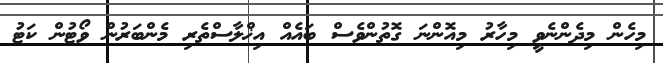
މިހެން މިދެންނެވީ މިހާރު މިއޮންނަ ގޮތުންވެސް ބައެއް އިޚްލާސްތެރި މެންބަރުން ވޯޓުން ކަޓު